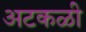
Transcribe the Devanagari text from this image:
अटकळी